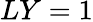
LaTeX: LY=1